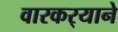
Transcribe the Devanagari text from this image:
वारकर्‍याने